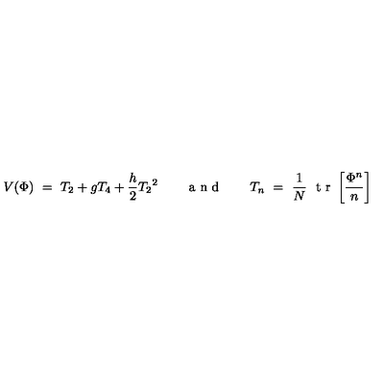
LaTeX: V ( \Phi ) \ = \ T _ { 2 } + g T _ { 4 } + { \frac { h } { 2 } } { T _ { 2 } } ^ { 2 } \qquad \makebox { a n d } \qquad T _ { n } \ = \ { \frac { 1 } { N } } \ \makebox { t r } \left[ { \frac { \Phi ^ { n } } { n } } \right]